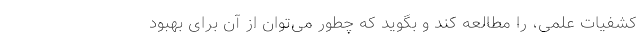
کشفیات علمی، را مطالعه کند و بگوید که چطور می‌توان از آن برای بهبود